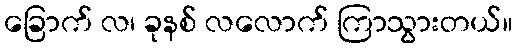
ခြောက် လ၊ ခုနစ် လလောက် ကြာသွားတယ်။